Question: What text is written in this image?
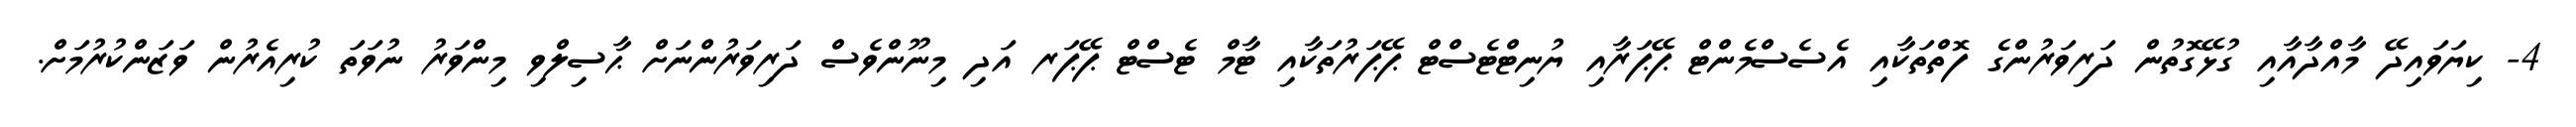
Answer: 4- ކިޔަވައިދޭ މާއްދާއާއި ގުޅޭގޮތުން ދަރިވަރުންގެ ފޮތްތަކާއި އެސެސްމެންޓް ޕޭޕަރާއި ޔުނިޓްޓެސްޓް ޕޭޕަރުތަކާއި ޓާމް ޓެސްޓް ޕޭޕަރ އަދި މިނޫންވެސް ދަރިވަރުންނަށް ޙާސިލްވި މިންވަރު ނުވަތަ ކުރިއެރުން ވަޒަންކުރުމަށް.